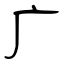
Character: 广